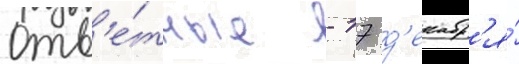
отв'е́тные - 17 д'екабр'я́